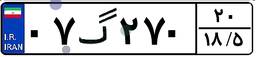
۰۷گ۲۷۰۲۰